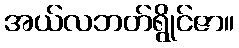
အယ်လဘတ်ရွိုင်ဇာ။